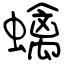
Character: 蠄